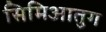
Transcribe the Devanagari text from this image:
सिमिआतुग